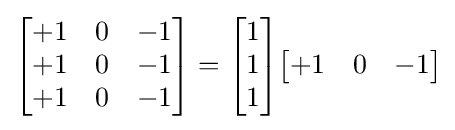
{\begin{bmatrix}+1&0&-1\\+1&0&-1\\+1&0&-1\end{bmatrix}}={\begin{bmatrix}1\\1\\1\end{bmatrix}}{\begin{bmatrix}+1&0&-1\end{bmatrix}}